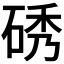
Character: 𮀞